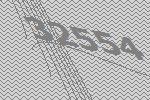
32554